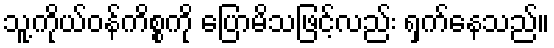
သူ့ကိုယ်ဝန်ကိစ္စကို ပြောမိသဖြင့်လည်း ရှက်နေသည်။